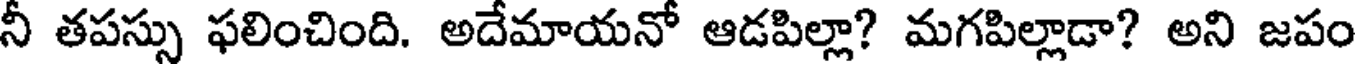
నీ తపస్సు ఫలించింది. అదేమాయనో ఆడపిల్లా? మగపిల్లాడా? అని జపం